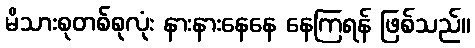
မိသားစုတစ်စုလုံး နားနားနေနေ နေကြရန် ဖြစ်သည်။